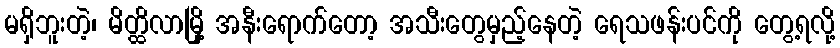
မရှိဘူးတဲ့၊ မိတ္ထိလာမြို့ အနီးရောက်တော့ အသီးတွေမှည့်နေတဲ့ ရေသဖန်းပင်ကို တွေ့ရလို့